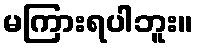
မကြားရပါဘူး။